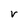
Character: V